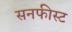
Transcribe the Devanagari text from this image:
सनफीस्ट